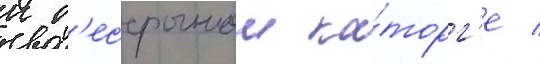
к б'ессрочнои ка́торг'е /